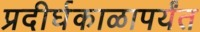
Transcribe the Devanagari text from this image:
प्रदीर्घकाळापर्यंत